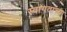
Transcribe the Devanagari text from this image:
स्वागताच्या